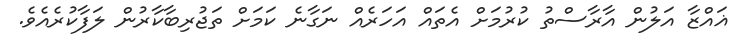
ޣައްޒާ އަލުން އާރާސްތު ކުރުމަށް އެތައް އަހަރެއް ނަގާނެ ކަމަށް ތަޖުރިބާކާރުން ލަފާކުރެއެވެ.